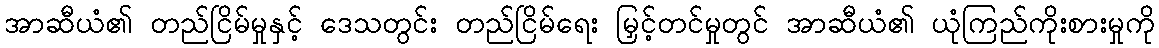
အာဆီယံ၏ တည်ငြိမ်မှုနှင့် ဒေသတွင်း တည်ငြိမ်ရေး မြှင့်တင်မှုတွင် အာဆီယံ၏ ယုံကြည်ကိုးစားမှုကို